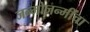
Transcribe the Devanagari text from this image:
जन्मोजन्मींचा